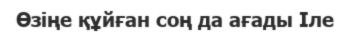
Өзіңе құйған соң да ағады Іле